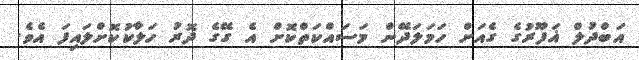
އަބްދުލް ޣަފޫރުގެ ގެއަށް ހަމަލަދޭން މަސައްކަތްކޮށް އެ ގޭގެ ދޮރު ހަލާކުކޮށްލައިފަ އެވެ.